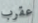
عقرب